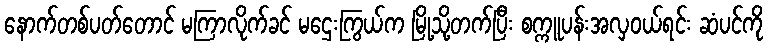
နောက်တစ်ပတ်တောင် မကြာလိုက်ခင် မဌေးကြွယ်က မြို့သို့တက်ပြီး စက္ကူပန်းအလှဝယ်ရင်း ဆံပင်ကို